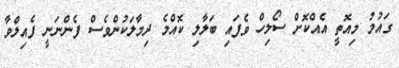
ގައުމު މިއޮތީ އެއްކޮށް ސޯލިހް ވެފައި ބަލާލި ކޮއްމެ ދިމާލަކުންވެސް ފެންނަނީ ފެއިލްވާ